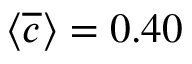
\langle \overline { { c } } \rangle = 0 . 4 0